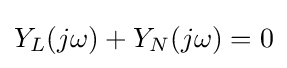
Y_{L}(j\omega )+Y_{N}(j\omega )=0